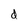
Character: d